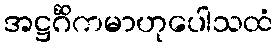
အဋ္ဌင်္ဂိကမာဟုပေါသထံ